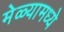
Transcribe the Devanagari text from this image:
मेळ्यामध्ये